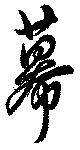
幕